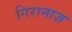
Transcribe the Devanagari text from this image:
गिरानाज़